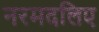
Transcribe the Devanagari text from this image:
नरमदलिए